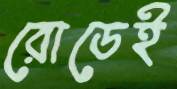
রোডেই